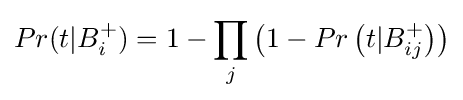
Pr(t|B_{i}^{+})=1-\prod _{j}\left(1-Pr\left(t|B_{ij}^{+}\right)\right)